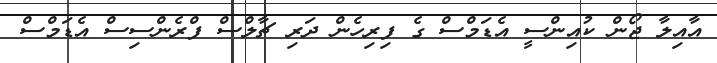
އާއިލާ ޖޯން ކުއިންސީ އެޑަމްސް ގެ ފިރިހެން ދަރި ޗާލްސް ފްރެންސިސް އެޑަމްސް